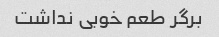
برگر طعم خوبی نداشت